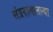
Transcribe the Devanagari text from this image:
संप्रदायातल्या